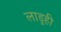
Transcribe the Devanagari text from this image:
लाडूही